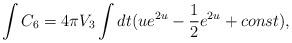
LaTeX: \begin{align*}\int C_{6}=4\pi V_{3}\int dt (ue^{2u}-{1\over2}e^{2u}+const),\end{align*}